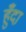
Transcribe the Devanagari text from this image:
हुँदा